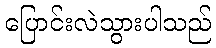
ပြောင်းလဲသွားပါသည်